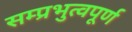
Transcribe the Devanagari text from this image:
सम्प्रभुत्वपूर्ण